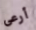
أرعى